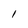
Character: 1